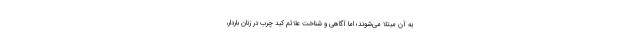
به آن مبتلا می‌شوند؛ اما آگاهی و شناخت علائم کبد چرب در زنان باردار،